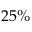
2 5 \%